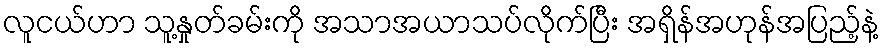
လူငယ်ဟာ သူ့နှုတ်ခမ်းကို အသာအယာသပ်လိုက်ပြီး အရှိန်အဟုန်အပြည့်နဲ့